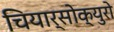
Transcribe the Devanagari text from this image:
चियार्सोक्युरो